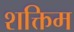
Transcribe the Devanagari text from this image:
शक्तिम